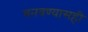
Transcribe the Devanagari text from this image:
बनवण्यासही